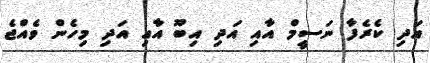
އަދި ކެރެފާ ނަސީމް އާއި އަދި އިބޫ އާއި އަދި މިހެން ވެއްޖެ